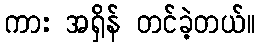
ကား အရှိန် တင်ခဲ့တယ်။